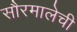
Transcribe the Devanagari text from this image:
सौरमालेची